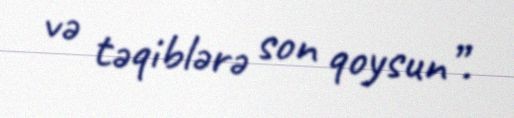
və təqiblərə son qoysun”.